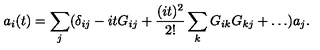
a _ { i } ( t ) = \sum _ { j } ( \delta _ { i j } - i t G _ { i j } + { \frac { ( i t ) ^ { 2 } } { 2 ! } } \sum _ { k } G _ { i k } G _ { k j } + \dots ) a _ { j } .